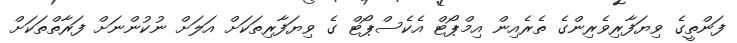
ފަންތީގެ ވިޔަފާރިވެރިންގެ ތެެރެއިން އިމްޕޯޓް އެކެސްޕޯޓް ގެ ވިޔަފާރިތަކަށް އަލަށް ނުކުންނަށް ފަރާތްތަކަށް